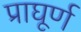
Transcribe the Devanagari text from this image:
प्राघूर्ण